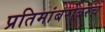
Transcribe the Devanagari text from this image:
प्रतिमांबरोबरच